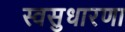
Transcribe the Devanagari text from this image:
स्वसुधारणा